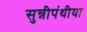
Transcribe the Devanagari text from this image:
सुन्नीपंथीया